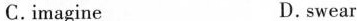
C. imagine D. swear